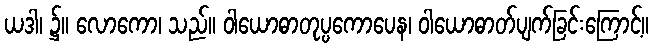
ယဒါ၊ ၌။ လောကော၊ သည်။ ဝါယောဓာတုပ္ပကောပေန၊ ဝါယောဓာတ်ပျက်ခြင်းကြောင့်။